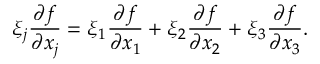
\xi _ { j } \frac { \partial f } { \partial x _ { j } } = \xi _ { 1 } \frac { \partial f } { \partial x _ { 1 } } + \xi _ { 2 } \frac { \partial f } { \partial x _ { 2 } } + \xi _ { 3 } \frac { \partial f } { \partial x _ { 3 } } .